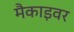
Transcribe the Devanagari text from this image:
मैकाइवर